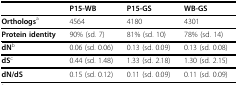
|  | P15-WB | P15-GS | WB-GS |
 | --- | --- | --- | --- |
 | Orthologsa | 4564 | 4180 | 4301 |
 | Protein identity | 90% (sd. 7) | 81% (sd. 10) | 78% (sd. 14) |
 | dNb | 0.06 (sd. 0.06) | 0.13 (sd. 0.09) | 0.13 (sd. 0.08) |
 | dSc | 0.44 (sd. 1.48) | 1.33 (sd. 2.18) | 1.30 (sd. 2.15) |
 | dN/dS | 0.15 (sd. 0.12) | 0.11 (sd. 0.09) | 0.11 (sd. 0.09) |